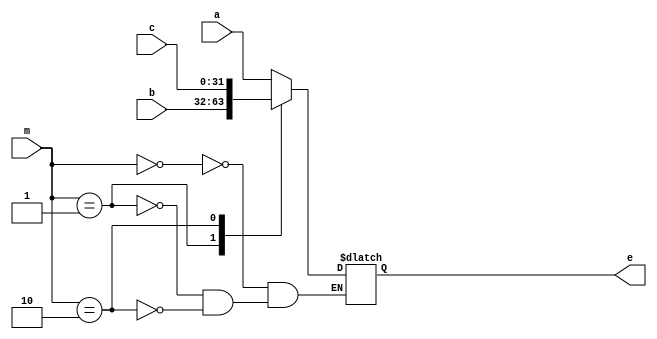
`timescale 1ns / 1ps
//////////////////////////////////////////////////////////////////////////////////
// Company: 
// Engineer: 
// 
// Design Name: 
// Module Name: mux_2_4
// Project Name: 
// Target Devices: 
// Tool Versions: 
// Description: 
// 
// Dependencies: 
// 
// Revision:
// Revision 0.01 - File Created
// Additional Comments:
// 
//////////////////////////////////////////////////////////////////////////////////


module mux_2_4(
input [31:0] a,
input [31:0] b,
input [31:0] c,
input [1:0] m,
output reg [31:0] e
);

always @(m or a or b or c)
begin
  case (m)//2-4
    2'b00:e<=a;
    2'b01:e<=b;
    2'b10:e<=c;
  endcase
end

endmodule